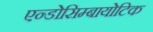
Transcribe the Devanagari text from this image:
एन्डोसिम्बायोटिक